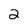
Character: 2